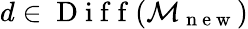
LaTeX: d\in\mathrm{~D~i~f~f~}(\mathcal{M}_{\mathrm{~n~e~w~}})